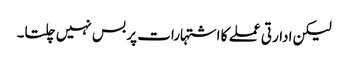
لیکن ادارتی عملے کا اشتہارات پر بس نہیں چلتا۔